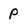
Character: P